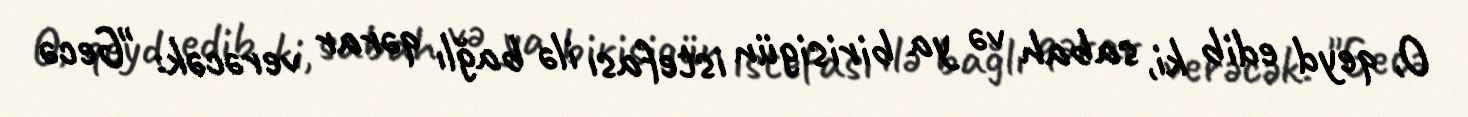
O, qeyd edib ki, sabah və ya birisigün istefası ilə bağlı qərar verəcək: "Gecə